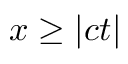
x \ge | c t |